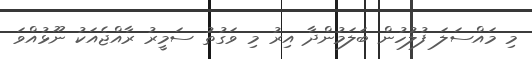
މި މައްސަލަ ފުލުހުން ބަލަމުންދާ އިރު މި ވަގުތު ސަމީރު ރާއްޖެއަކު ނޫޅުއްވަ